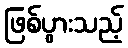
ဖြစ်ပွားသည့်